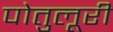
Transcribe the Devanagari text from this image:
पोतुलूरी